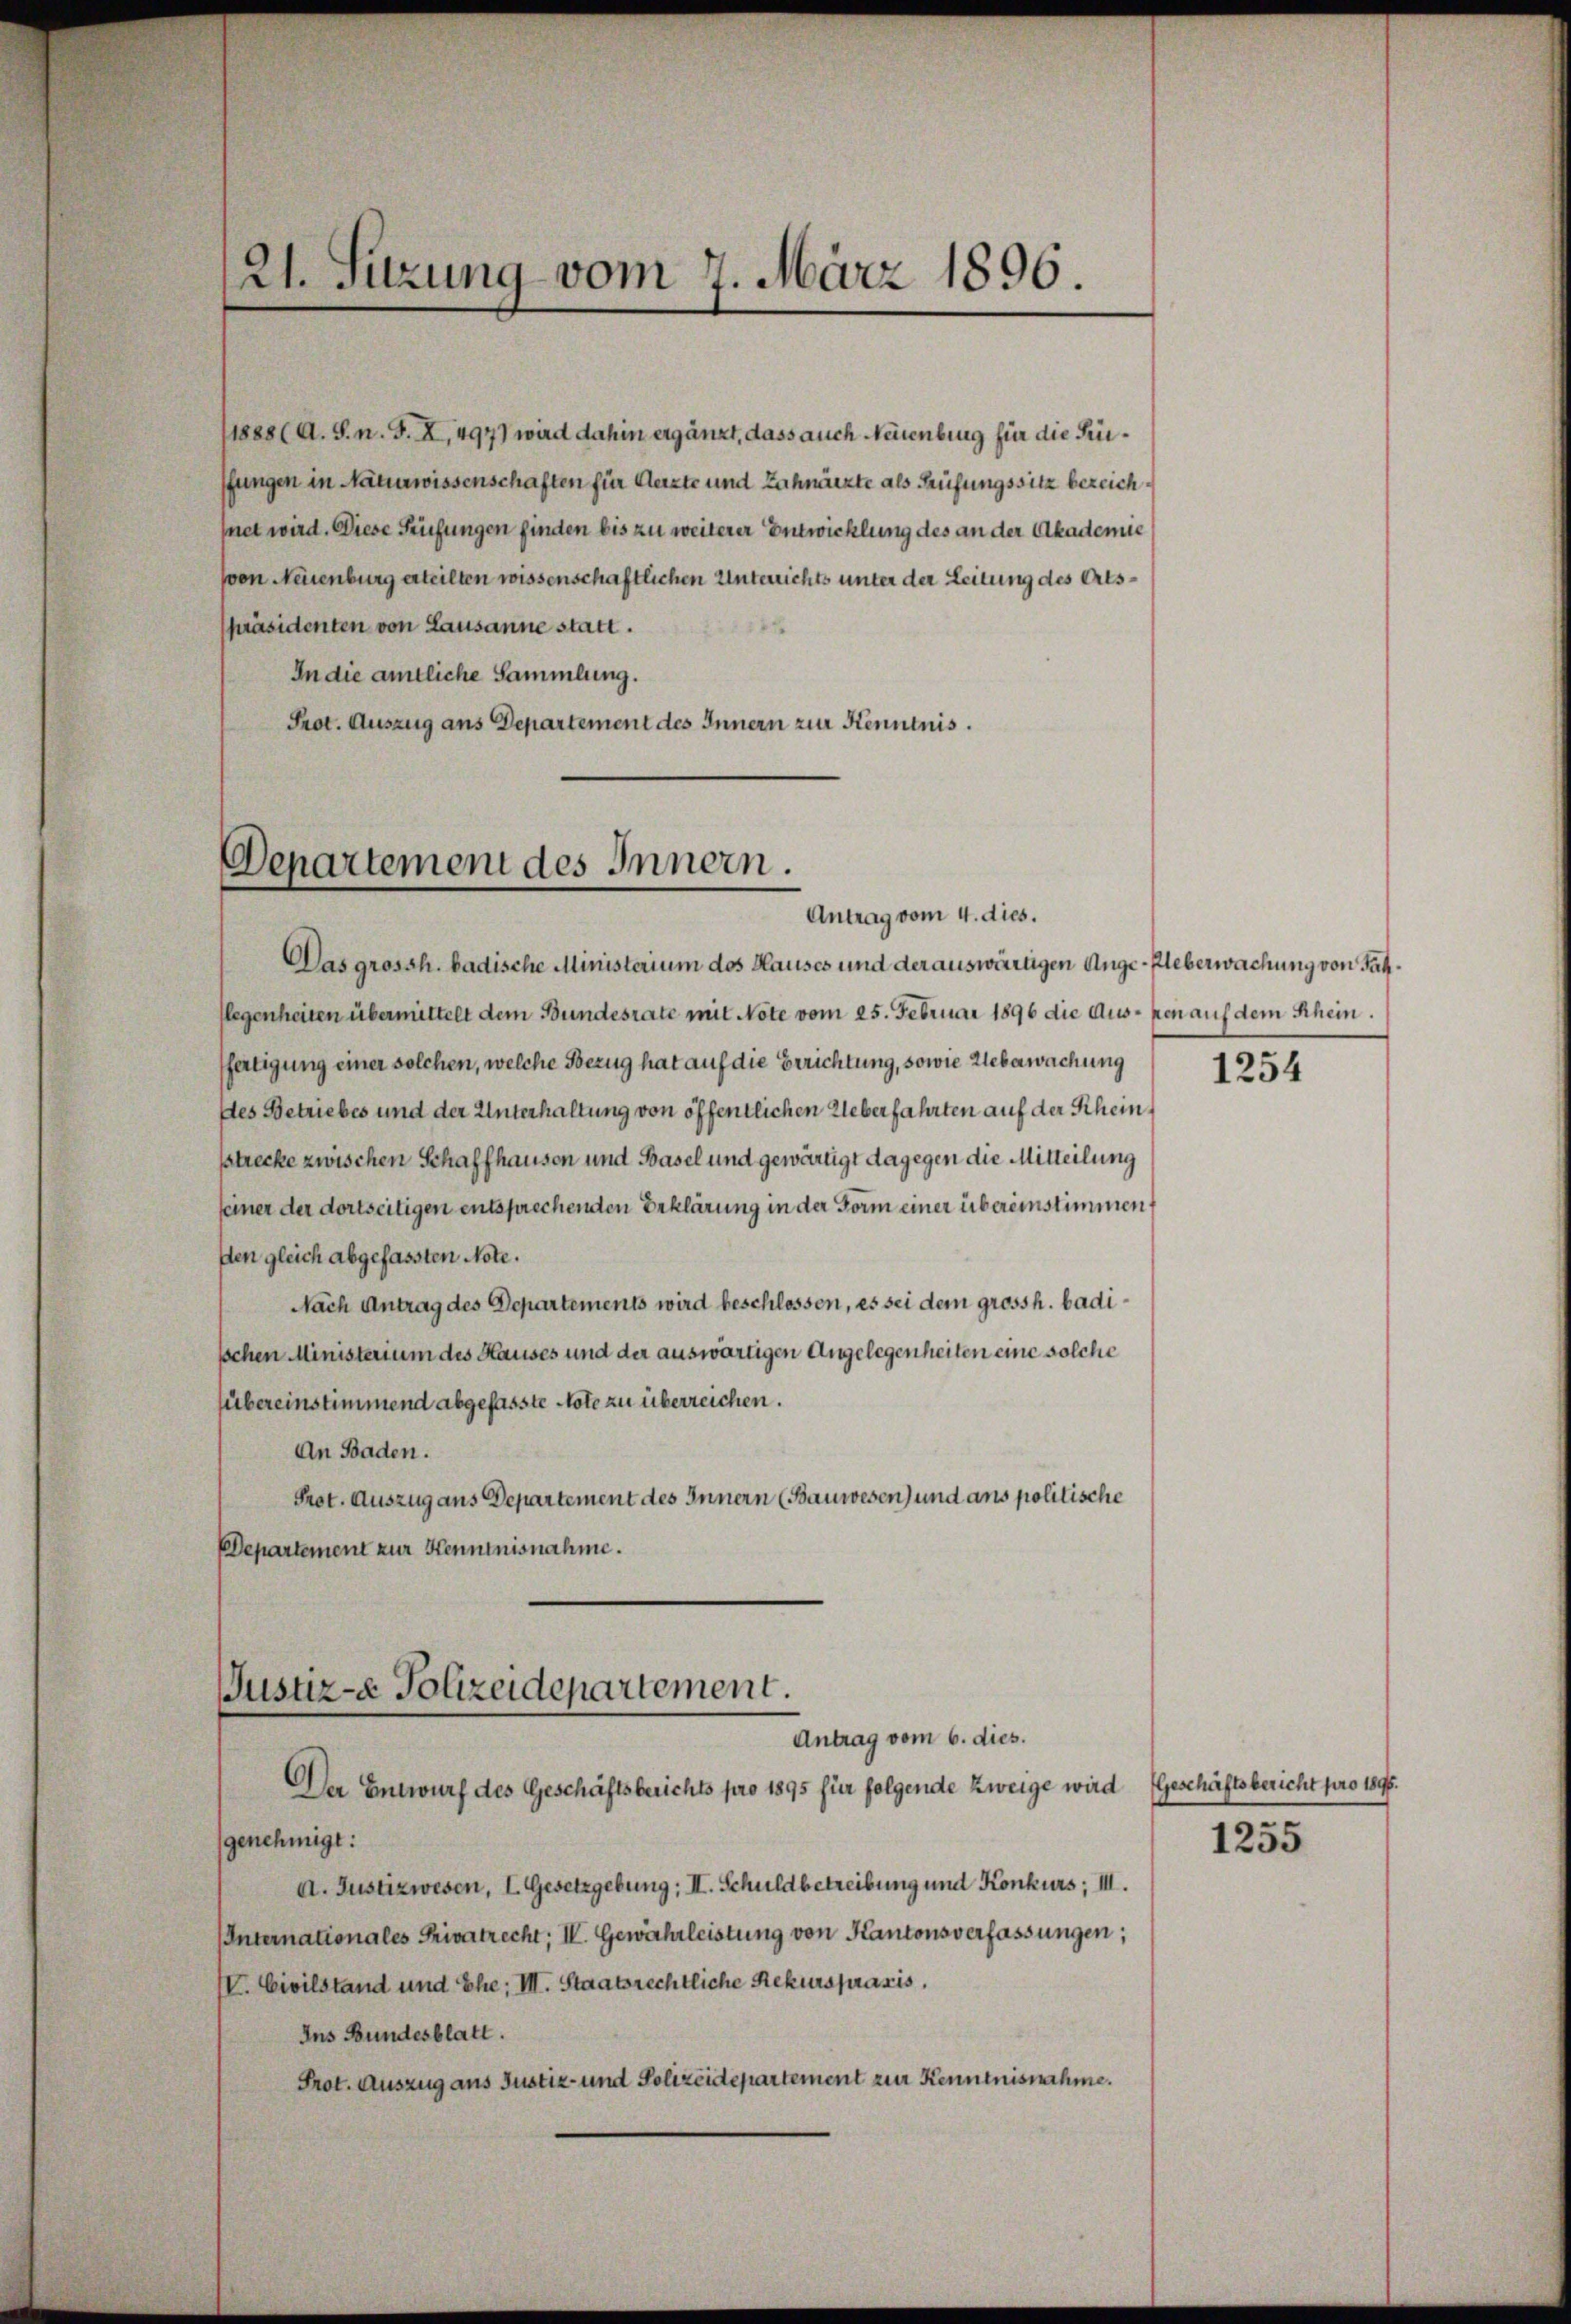
21. Sitzung vom 7. März 1896.

(1888 (A. S. n. F. X, 4977 wird dahin ergänzt, dass auch Neuenburg für die Prüffungen in Naturwissenschaften für Aerzte und Zahnarzte als Prüfungssitz bezeich
fnet wird. Diese Prüfungen finden bis zu weiterer Entwicklung des an der Akademie
von Neuenburg erteilten wissenschaftlichen Unterrichts unter der Leitung des Ortspräsidenten von Lausanne statt.
In die amtliche Sammlung.
Prot. Auszug aus Departement des Innern zur Kenntnis.

Departement des Innern.
Antrag vom 4. dies.

Das grossh. badische Ministerium des Hauses und der auswärtigen Ange-Ueberwachung von Fälflegenheiten übermittelt dem Bundesrate mit Note vom 25. Februar 1896 die Aus- ken auf dem Schein.
ffertigung einer solchen, welche Bezug hat auf die Errichtung, sowie Ueberwachung
des Betriebes und der Unterhaltung von öffentlichen Ueberfahrten auf der Rheinstrecke zwischen Schaffhausen und Basel und gewärtigt dagegen die Mitteilung
seiner der dortseitigen entsprechenden Erklärung in der Form einer übereinstimmen,
den gleich abgefassten Note.
Nach Antrag des Departements wird beschlossen, es sei dem grossh. badischen Ministerium des Hauses und der auswärtigen Angelegenheiten eine solche
sübereinstimmend abgefasste Note zu überreichen.
An Baden.
Prot. Auszug aus Departement des Innern (Bauwesen) und ans politische
Departement zur Kenntnisnahme.

Justiz- Polizeidepartement.
Antrag vom 6. dies.
Der Entwurf des Geschäftsberichts pro 1895 für folgende zweige wird (Geschäftsbericht pro 1895.

genehmigt:
A. Justizwesen, I. Gesetzgebung; II. Schuldbetreibung und Konkurs; III.
Internationales Privatrecht, IV. Gewährleistung von Kantonsverfassungen;
V. Civilstand und Ehe; III. Staatsrechtliche Rekurspraxis,
Ins Bundesblatt.
Prot. Auszug aus Justiz- und Polizeidepartement zur Kenntnisnahme.

1254

1255